Scottish Leaving Certificate Examination, 1961
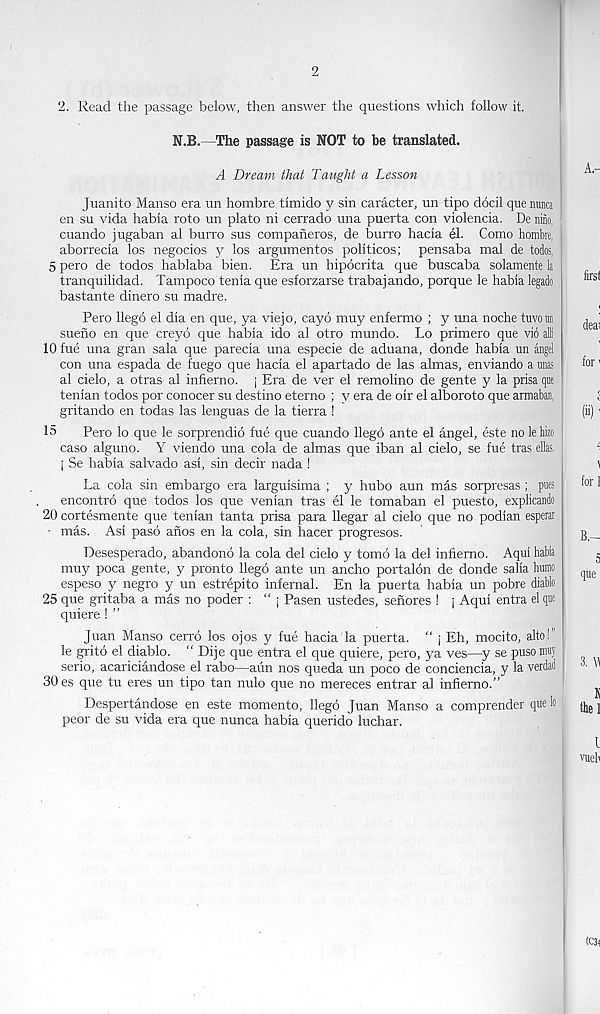
2
2. Read the passage below, then answer the questions which follow it.
N.B.—The passage is NOT to be translated.
A Dream that Taught a Lesson
Juanito Manso era un hombre timido y sin caracter, un tipo docil que nunca
en su vida habia roto un plato ni cerrado una puerta con violencia. De nine,
cuando jugaban al burro sus companeros, de burro hacia el. Como hombre,
aborrecia los negocios y los argumentos politicos; pensaba mal de todos,
5 pero de todos hablaba bien. Era un hipocrita que buscaba solamente la
tranquilidad. Tampoco tenia que esforzarse trabajando, porque le habia legado
bastante dinero su madre.
Pero llego el dia en que, ya viejo, cayo muy enfermo ; y una noche tuvoun
sueno en que creyo que habia ido al otro mundo. Lo primero que vio al
10 fue una gran sala que parecia una especie de aduana, donde habia un angel
con una espada de fuego que hacia el apartado de las almas, enviando a unas
al cielo, a otras al infierno. j Era de ver el remolino de gente y la prisa qne
tenian todos por conocer su destino eterno ; y era de oir el alboroto que armaban,
gritando en todas las lenguas de la tierra 1
15
Pero lo que le sorprendio fue que cuando llegd ante el angel, este no lehizo
caso alguno. Y viendo una cola de almas que iban al cielo, se fue tras elk
j Se habia salvado asi, sin decir nada !
La cola sin embargo era larguisima ; y hubo aun mas sorpresas ; pries
encontro que todos los que venian tras el le tomaban el puesto, explicando
20 cortesmente que tenian tanta prisa para llegar al cielo que no podian esperar
• mas. Asi paso anos en la cola, sin hacer progresos.
Desesperado, abandono la cola del cielo y tomb la del infiemo. Aqui habia
muy poca gente, y pronto llego ante un ancho portalon de donde salia humo
espeso y negro y un estrepito infernal. En la puerta habia un pobre diablo
25 que gritaba a mas no poder : “ j Pasen ustedes, senores ! j Aqui entra el que
quiere ! ”
Juan Manso cerro los ojos y fue hacia la puerta. “ j Eh, mocito, alto!”
le gritd el diablo. “ Dije que entra el que quiere, pero, ya ves—y se puso miry
serio, acariciandose el rabo—aun nos queda un poco de conciencia, y la verdad
30 es que tu eres un tipo tan nulo que no mereces entrar al infierno.”
Despertandose en este momento, llegd Juan Manso a comprender que lo
peor de su vida era que nunca habia querido luchar.